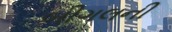
બીગલની